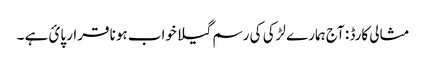
مثالی کارڈ : آج ہمارے لڑکی کی رسم گیلا خواب ہونا قرار پائ ہے ۔